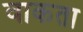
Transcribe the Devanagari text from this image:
वाकता